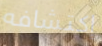
إكتشافه